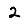
Digit: 2